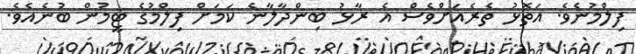
ފިލްމުނެވެ. އަތޮޅު ތެރެއަށްވެސް އެ ރާޅު ބިންދާލާނެ ކަމަށް ފިލްމުގެ ޓީމުން ބުނެއެވެ.